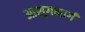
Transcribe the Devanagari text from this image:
आशुगमार्ग